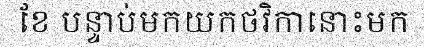
ខែ បន្ទាប់មកយកថវិកានោះមក